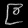
Digit: ၉